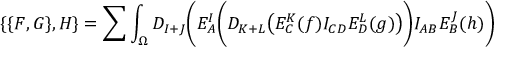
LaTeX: \{ \{ F , G \} , H \} = \sum \int _ { \Omega } D _ { I + J } \Biggl ( E _ { A } ^ { I } \biggl ( D _ { K + L } \bigl ( E _ { C } ^ { K } ( f ) I _ { C D } E _ { D } ^ { L } ( g ) \bigr ) \biggr ) I _ { A B } E _ { B } ^ { J } ( h ) \Biggr )